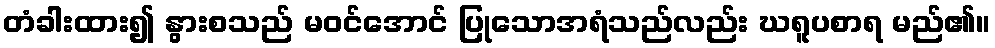
တံခါးထား၍ နွားစသည် မဝင်အောင် ပြုသောအရံသည်လည်း ဃရူပစာရ မည်၏။